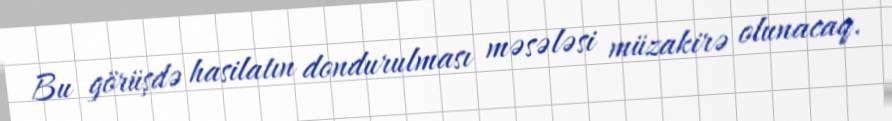
Bu görüşdə hasilatın dondurulması məsələsi müzakirə olunacaq.